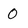
Character: 0